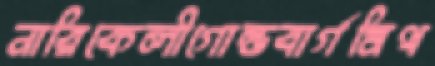
নারিকেলীগোল্ডবার্গমিথ